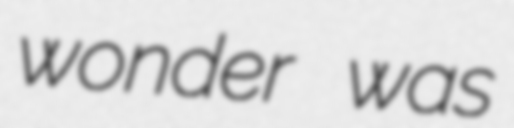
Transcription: wonder was